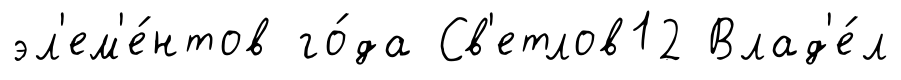
эл'ем'е́нтов го́да Св'етлов12 Влад'е́л